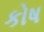
કોષ